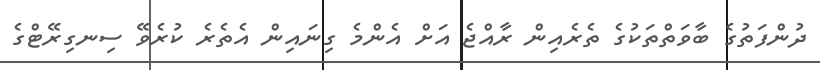
ދުންފަތުގެ ބާވަތްތަކުގެ ތެރެއިން ރާއްޖެ އަށް އެންމެ ގިނައިން އެތެރެ ކުރެވޭ ސިނގިރޭޓްގެ